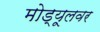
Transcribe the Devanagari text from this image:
मोड्यूलवर